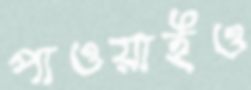
পাওয়াইও